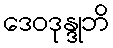
ဒေဝဒုန္ဒုဘိ